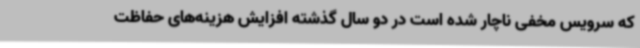
که سرویس مخفی ناچار شده است در دو سال گذشته افزایش هزینه‌های حفاظت